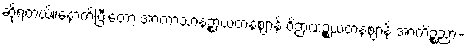
ဆိုရတယ်။နောက်ပြီးတော့ အာကာသာနဉ္စာယတနဈာန် ဝိဉာဏဉ္စယတနဈာန် အာကိဉ္စညာ-